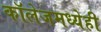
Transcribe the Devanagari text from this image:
कॉलेजमध्येही